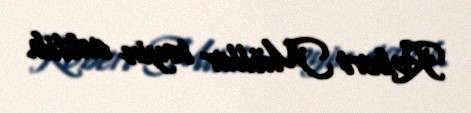
Robert Müller təyin edilib.